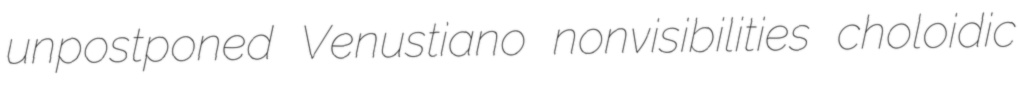
unpostponed Venustiano nonvisibilities choloidic